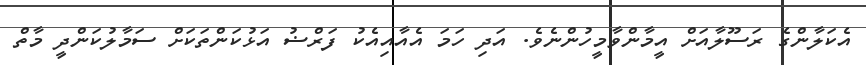
އެކަލާންގެ ރަސޫލާއަށް އީމާންވާމީހުންނެވެ. އަދި ހަމަ އެއާއިއެކު ފަރްޟު އަޅުކަންތަކަށް ސަމާލުކަންދީ މާތް